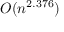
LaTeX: O ( n ^ { 2 . 3 7 6 } )